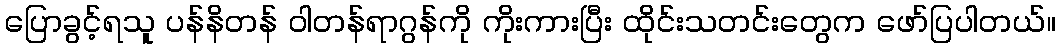
ပြောခွင့်ရသူ ပန်နိတန် ဝါတန်ရာဂွန်ကို ကိုးကားပြီး ထိုင်းသတင်းတွေက ဖော်ပြပါတယ်။